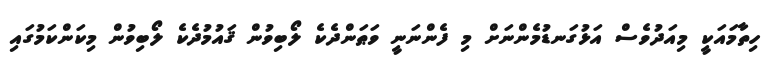
ހިތާމައަކީ މިއަދުވެސް އަޅުގަނޑުމެންނަށް މި ފެންނަނީ ވަޠަންދެކެ ލޯބިވުން ޤައުމުދެކެ ލޯބިވުން މިކަންކަމުގައި